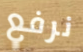
نرفع